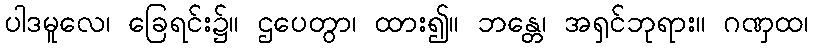
ပါဒမူလေ၊ ခြေရင်း၌။ ဌပေတွာ၊ ထား၍။ ဘန္တေ၊ အရှင်ဘုရား။ ဂဏှထ၊